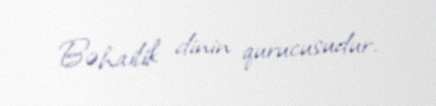
Bəhailik dinin qurucusudur.